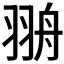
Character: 𦐩